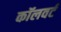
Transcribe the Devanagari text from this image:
कॉलवर्ट